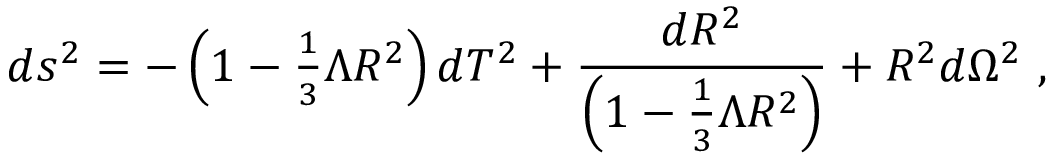
d s ^ { 2 } = - \left( 1 - \textstyle { \frac { 1 } { 3 } } \Lambda R ^ { 2 } \right) d T ^ { 2 } + \frac { d R ^ { 2 } } { \left( 1 - \frac { 1 } { 3 } \Lambda R ^ { 2 } \right) } + R ^ { 2 } d \Omega ^ { 2 } ~ ,